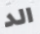
الد